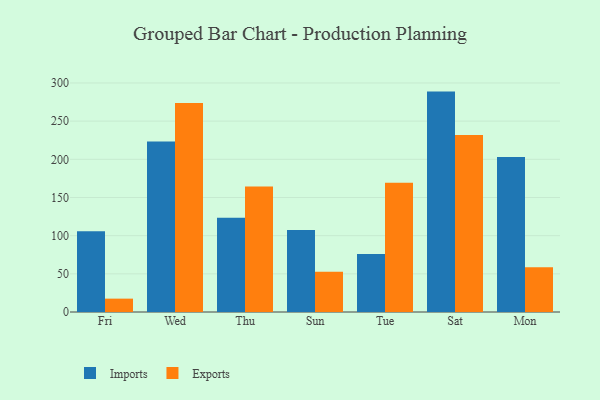
{"axis": {"x": "Day", "y": "Active Users"}, "legend": ["Exports", "Imports"], "data": [{"x": "Fri", "y": 105.9, "type": "Imports"}, {"x": "Fri", "y": 17.5, "type": "Exports"}, {"x": "Wed", "y": 223.5, "type": "Imports"}, {"x": "Wed", "y": 273.9, "type": "Exports"}, {"x": "Thu", "y": 123.6, "type": "Imports"}, {"x": "Thu", "y": 164.4, "type": "Exports"}, {"x": "Sun", "y": 107.3, "type": "Imports"}, {"x": "Sun", "y": 52.7, "type": "Exports"}, {"x": "Tue", "y": 75.9, "type": "Imports"}, {"x": "Tue", "y": 169.4, "type": "Exports"}, {"x": "Sat", "y": 288.7, "type": "Imports"}, {"x": "Sat", "y": 231.7, "type": "Exports"}, {"x": "Mon", "y": 203.1, "type": "Imports"}, {"x": "Mon", "y": 58.5, "type": "Exports"}]}